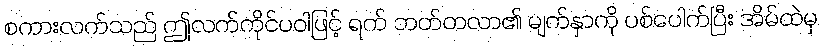
စကားလက်သည် ဤလက်ကိုင်ပဝါဖြင့် ရက် ဘတ်တလာ၏ မျက်နှာကို ပစ်ပေါက်ပြီး အိမ်ထဲမှ